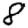
Digit: 8